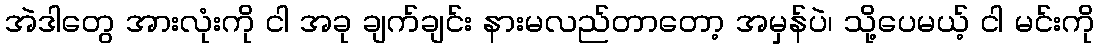
အဲဒါတွေ အားလုံးကို ငါ အခု ချက်ချင်း နားမလည်တာတော့ အမှန်ပဲ၊ သို့ပေမယ့် ငါ မင်းကို